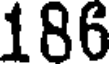
186